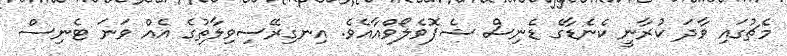
މެޗުގައި ވާދަ ކުރާނީ ކެނެޑާގެ ޑެނިސް ޝެޕޮވެލޯވްއާއެވެ. އިނގިރޭސިވިލާތުގެ އެއް ވަނަ ޓެނިސް